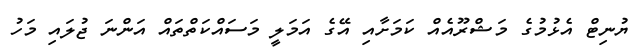
ޔުނިޓް އެޅުމުގެ މަޝްރޫއެއް ކަމަށާއި އޭގެ އަމަލީ މަސައްކަތްތައް އަންނަ ޖުލައި މަހު